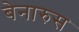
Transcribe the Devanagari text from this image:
बेनारुस